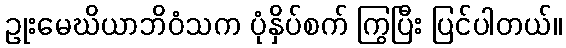
ဥုးမေဃိယာဘိဝံသက ပုံနှိပ်စက် ကြွပြီး ပြင်ပါတယ်။